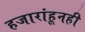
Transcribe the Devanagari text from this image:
हजारांहूनही